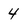
Character: 4